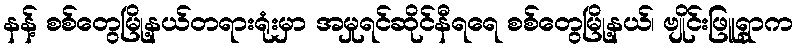
နန့် စစ်တွေမြို့နယ်တရားရုံးမှာ အမှုရင်ဆိုင်နီရရေ စစ်တွေမြို့နယ်၊ ဗျိုင်းဖြူရွာက